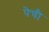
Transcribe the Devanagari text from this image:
पेची